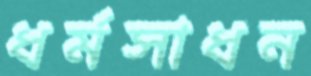
ধর্মসাধন